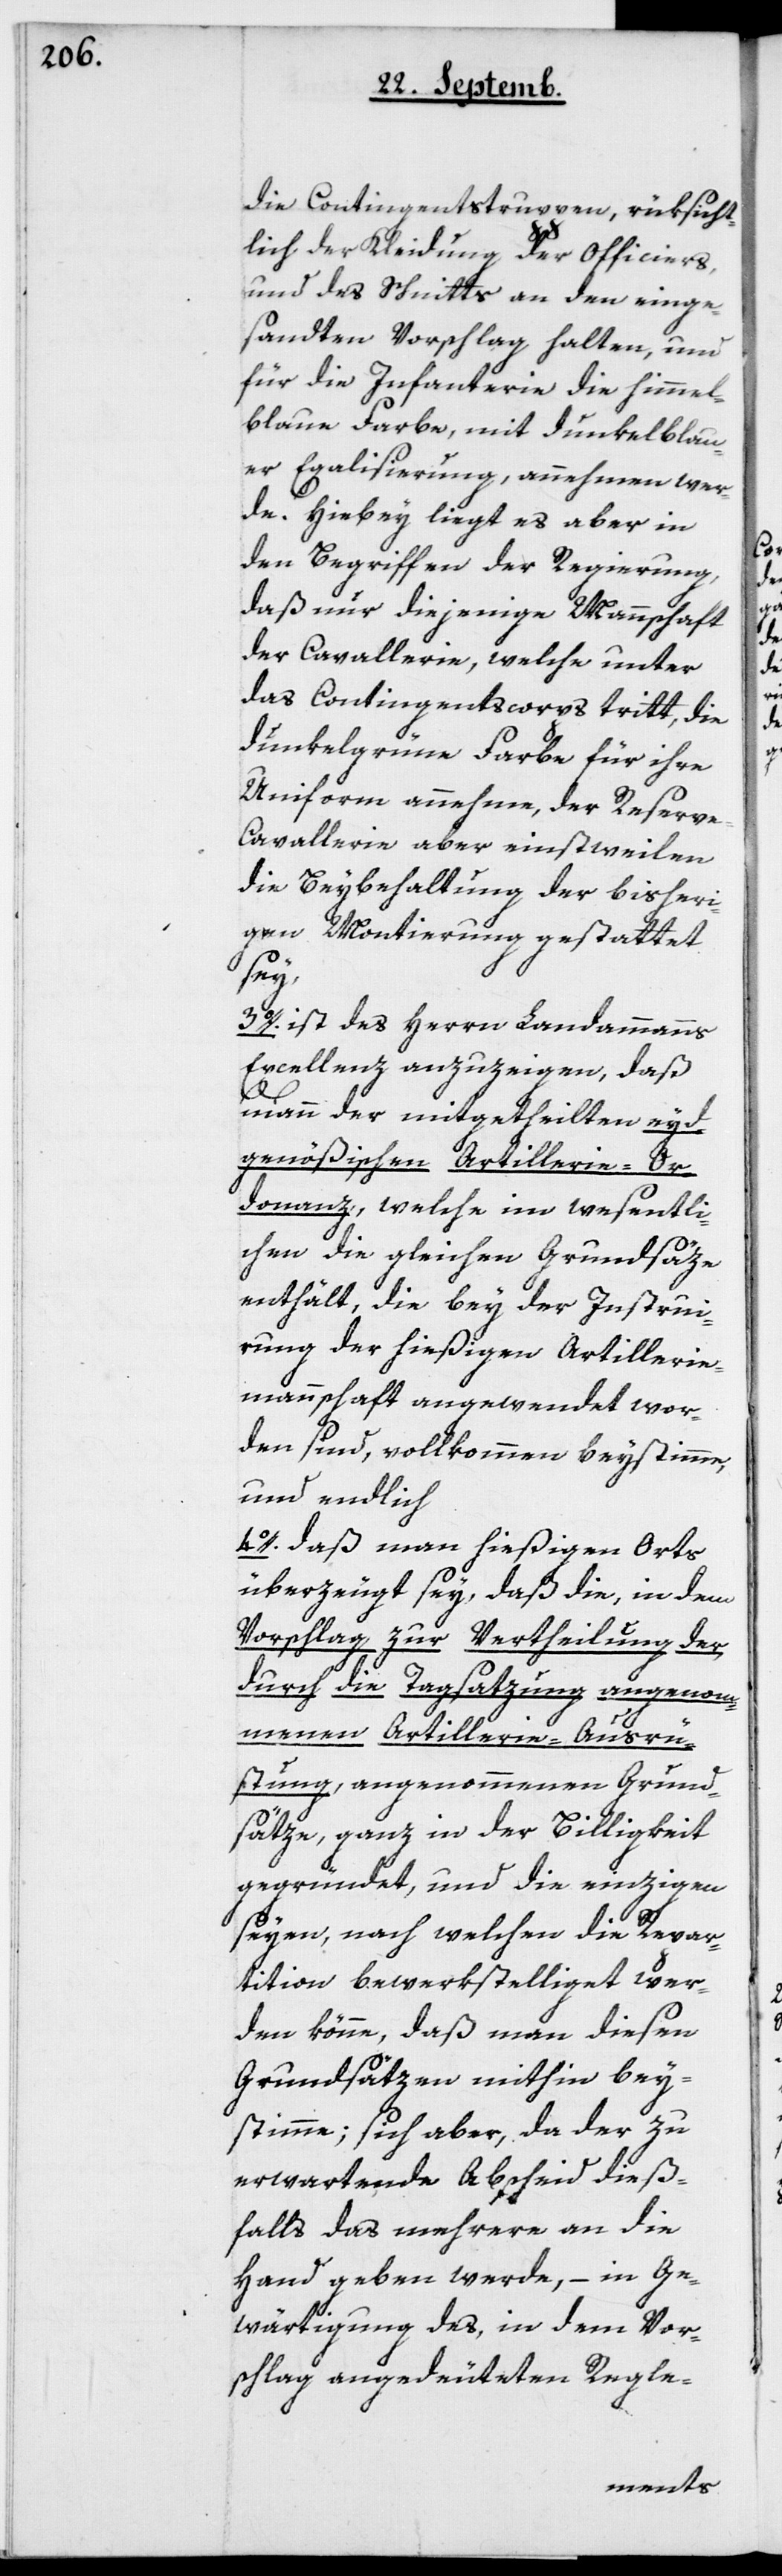
die Contingentstruppen, rüksicht¬
lich der Kleidung der Officiers,
und des Schnitts an den einge¬
sandten Vorschlag halten, und
für die Infanterie die himmel¬
blaue Farbe, mit dunkelblau¬
er Egalisierung, annehmen wer¬
de. Hiebey liegt es aber in
den Begriffen der Regierung,
daß nur diejenige Mannschaft
der Cavallerie, welche unter
das Contingentscorps tritt, die
dunkelgrüne Farbe für ihre
Uniform annehme, der Reserv¬
e-Cavallerie aber einstweilen
die Beybehaltung der bisheri¬
gen Montierung gestattet
sey.
3. ist des Herrn Landammanns
Excellenz anzuzeigen, daß
man der mitgetheilten eyd¬
genößischen Artillerie-Or¬
donnanz, welche im Wesentli¬
chen die gleichen Grundsäze
enthält, die bey der Instruie¬
rung der hießigen Artillerie¬
mannschaft angewendet wor¬
den sind, vollkommen beystimme,
und endlich
4. daß man hießigen Orts
überzeugt sey, daß die, in dem
Vorschlag zur Vertheilung der
durch die Tagsazung angenoh¬
menen Artillerie-Ausrü¬
stung angenommenen Grund¬
säze, ganz in der Billigkeit
gegründet, und die Einzigen
seyen, nach welchen die Reper¬
tition bewerkstelliget wer¬
den könne, daß man diesen
Grundsätzen mithin bey¬
stimme, sich aber, da der zu
erwartende Abscheid dieß¬
falls das mehrere an die
Hand geben werde, – in Ge¬
wärtigung des, in dem Vor¬
schlag angedeuteten Regle-